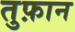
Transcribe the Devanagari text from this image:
तुफ़ान